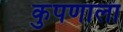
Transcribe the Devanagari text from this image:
कुपणाला